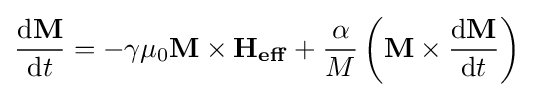
{\frac {\mathrm {d} \mathbf {M} }{\mathrm {d} t}}=-\gamma \mu _{0}\mathbf {M} \times \mathbf {H_{eff}} +{\frac {\alpha }{M}}\left(\mathbf {M} \times {\frac {\mathrm {d} \mathbf {M} }{\mathrm {d} t}}\right)